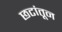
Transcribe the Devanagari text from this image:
छटांतून